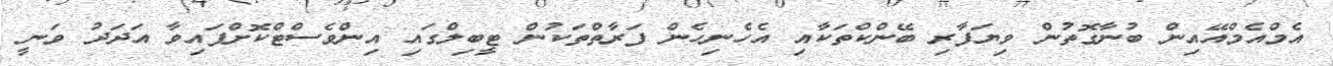
އެމްއެމްއޭއިން ބުނާގޮތުން ވިޔަފާރި ބޭންކްތަކާއި އެހެނިހެން ފަރާތްތަކުން ޓީބިލްގައި އިންވެސްޓްކޮށްފައިވާ އަދަދު ވަނީ